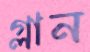
গ্লান